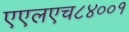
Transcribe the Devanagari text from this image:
एएलएच८४००१